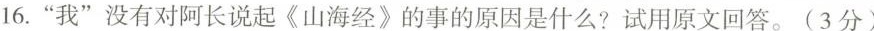
16.“我”没有对阿长说起《山海经》的事的原因是什么?试用原文回答。(3分)